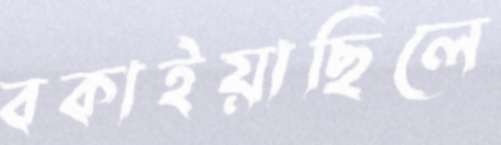
বকাইয়াছিলে